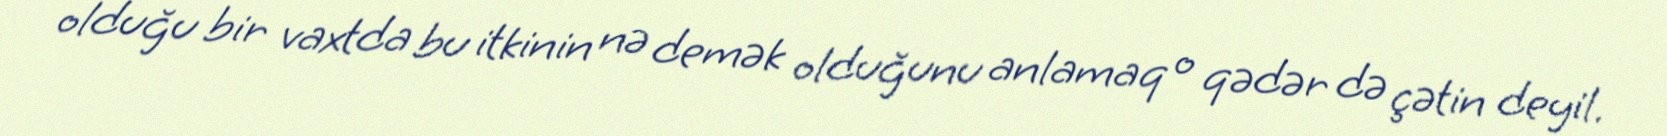
olduğu bir vaxtda bu itkinin nə demək olduğunu anlamaq o qədər də çətin deyil.